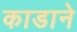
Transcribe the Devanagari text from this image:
काडाने